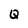
Character: Q